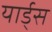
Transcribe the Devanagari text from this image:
यार्ड्‌स